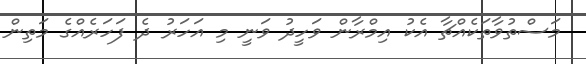
މަސްތުވާތަކެއްޗާ އެކު އިމްރާން ވަހީދު ވަނީ މި އަހަރު ދެ ފަހަރެއްގެ މަތިން